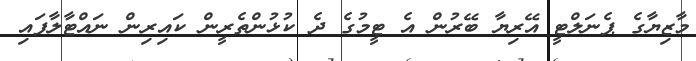
މާޒިޔާގެ ޕެނަލްޓީ އޭރިޔާ ބޭރުން އެ ޓީމުގެ ދެ ކުޅުންތެރީން ކައިރިން ނައްޓާލާފައި